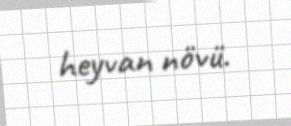
heyvan növü.